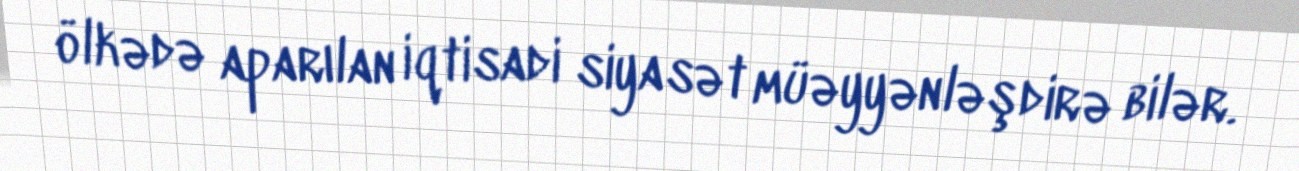
ölkədə aparılan iqtisadi siyasət müəyyənləşdirə bilər.